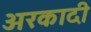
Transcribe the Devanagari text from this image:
अरकादी